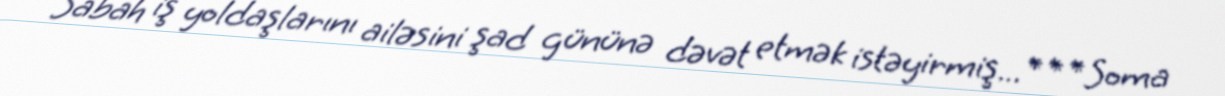
Sabah iş yoldaşlarını ailəsini şad gününə dəvət etmək istəyirmiş...***Soma